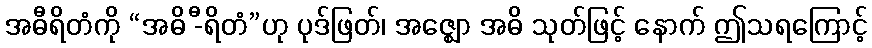
အဓီရိတံကို “အဓိ -ီရိတံ”ဟု ပုဒ်ဖြတ်၊ အဇ္ဈော အဓိ သုတ်ဖြင့် နောက် ဤသရကြောင့်